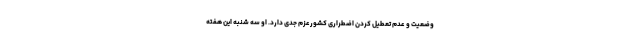
وضعیت و عدم تعطیل کردن اضطراری کشورعزم جدی دارد. او سه شنبه این هفته